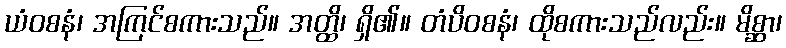
ယံဝစနံ၊ အကြင်စကားသည်။ အတ္ထိ၊ ရှိ၏။ တံပိဝစနံ၊ ထိုစကားသည်လည်း။ မိစ္ဆာ၊